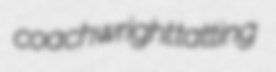
coachwright tatting